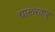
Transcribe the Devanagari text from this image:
धारूरकर